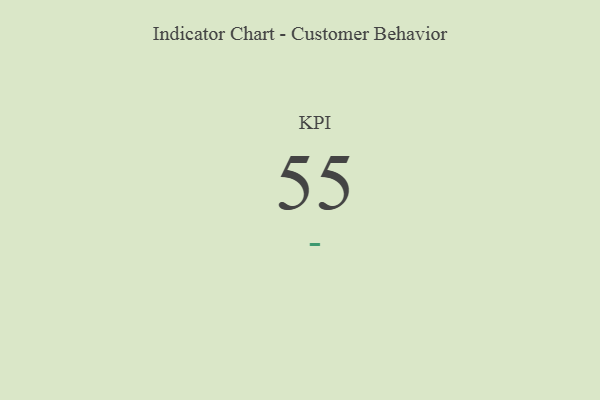
{"axis": {"x": "KPI", "y": "Value"}, "legend": [""], "data": [{"x": "KPI", "y": 55, "type": ""}]}